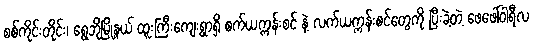
စစ်ကိုင်းတိုင်း၊ ရွေဘိုမြို့နယ် ထူးကြီးကျေးရွာရှိ စက်ယက္ကန်းစင် နဲ့ လက်ယက္ကန်းစင်တွေကို ပြီးခဲ့တဲ့ ဖေဖေါ်ဝါရီလ